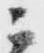
ニ